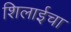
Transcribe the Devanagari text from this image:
शिलाईचा